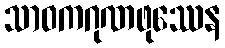
သာဝကဂုဏဖုဿေန